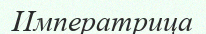
Императрица